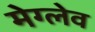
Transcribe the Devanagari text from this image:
मेग्लेव